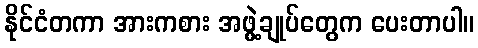
နိုင်ငံတကာ အားကစား အဖွဲ့ချုပ်တွေက ပေးတာပါ။